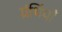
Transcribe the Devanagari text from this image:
ग्रंथिंयाँ